Papers set at the Examination for Leaving Certificates, 1892
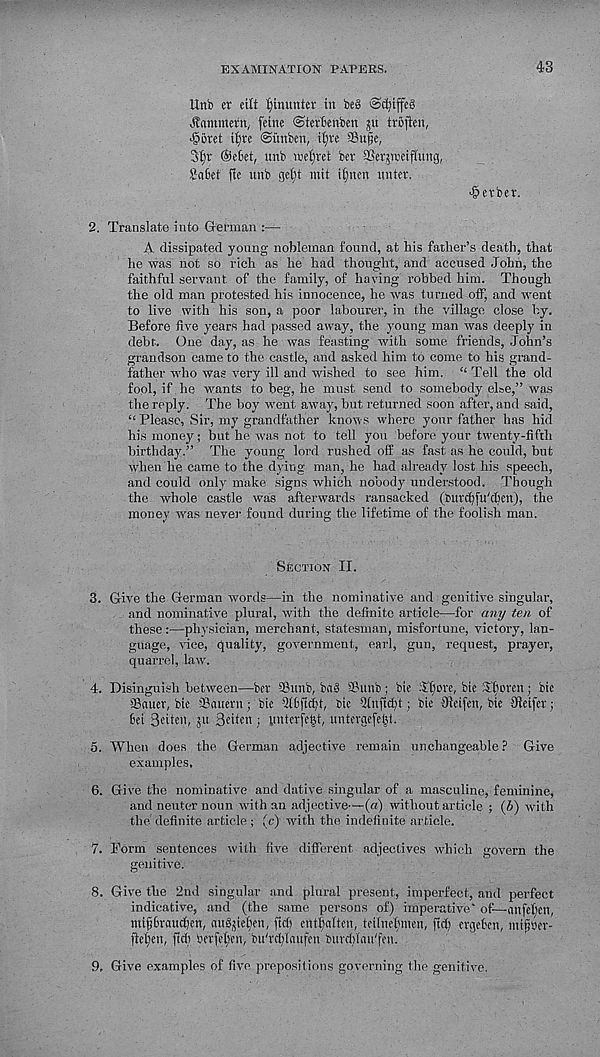
EXAMINATION PAPERS.
43
Unb er eilt tyinunter in be§ ©djtffcS
Jtammcrn,. feine ©terbenben ju trfijlen,
>§bi:et i^re ©unbcn, it;re SSufe,
3ljv ®ekt, unb mc^ret bev SSev^weifiung,
S}a6et fie unb get)t mit iijnen unter.
Berber.
2. Translate into German :—
A dissipated young nobleman found, at his father’s death, that
he was not so rich as he had thought, and accused John, the
faithful servant of the family, of having robbed him. Though
the old man protested his innocence, he was turned off, and went
to live with his son, a poor labourer, in the village close by.
Before five years had passed away, the young man was deeply in
debt. One day, as he was feasting with some friends, John’s
grandson came to the castle, and asked him to come to his grand-
father who was very ill and wished to see him. “ Tell the old
fool, if he wants to beg, he must send to somebody else,” was
the reply. The boy went away, but returned soon after, and said,
“Please, Sir, my grandfather knows where your father has hid
his money; but he was not to tell you before your twenty-fifth
birthday.” The young lord rushed off as fast as he could, but
when he came to the dying man, he had already lost his speech,
and could only make signs which nobody understood. Though
the whole castle was afterwards ransacked (butd)fu'cben), the
money was never found during the lifetime of the foolish man.
Section II.
3. Give the German words—in the nominative and genitive singular,
and nominative plural, with the definite article—for any ten of
these :—physician, merchant, statesman, misfortune, victory, lan-
guage, vice, quality, government, earl, gun, request, prayer,
quarrel, law.
4. Disinguish between—ber Sunb, bn§ SSunb; bie There, bie Tfseren; bie
SBauer, bie Saltern; bie QlSfidji, Die Qinftd)t; bie 9teifen, bie Jleifet;
6ei 3«itt'b Seiten ; imterfeijt, untergefe|t.
5. When does the German adjective remain unchangeable? Give
examples,
6. Give the nominative and dative singular of a masculine, feminine,
and neuter noun with an adjective—(a) without article ; (6) with
the definite article ; (c) with the indefinite article.
7. Form sentences with five different adjectives which govern the
genitive.
8. Give the 2nd singular and plural present, imperfect, and perfect
indicative, and (the same persons of) imperative’ of—anfeijen,
mif&raucficn, au^iefyen, ftefi entfedten, teilneftmen, fid) ergeben, mtfjtter-
ftcifen, fid) berfeljtn, bu'rdflaufcn burdfiau'fen.
9. Give examples of five prepositions governing Ihe genitive.